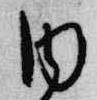
内